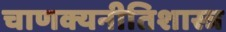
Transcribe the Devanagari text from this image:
चाणक्यनीतिशास्त्र